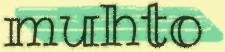
muhto